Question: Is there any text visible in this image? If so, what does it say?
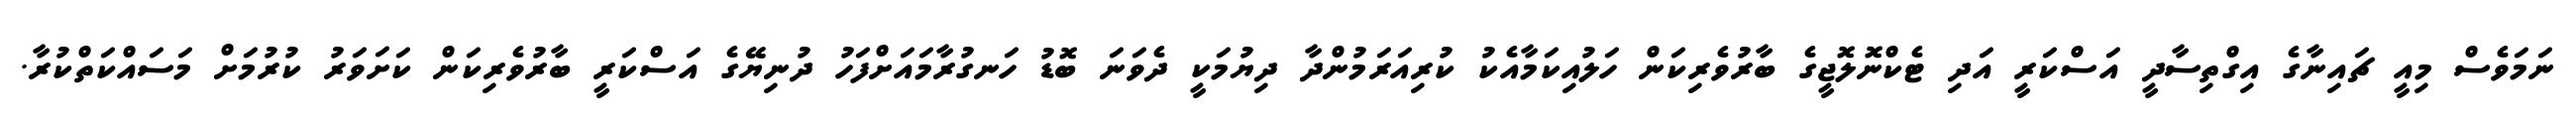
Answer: ނަމަވެސް މިއީ ޗައިނާގެ އިގްތިސާދީ އަސްކަރީ އަދި ޓެކްނޮލޮޖީގެ ބާރުވެރިކަން ހަލުއިކަމާއެކު ކުރިއަރަމުންދާ ދިޔުމަކީ ދެވަނަ ބޮޑު ހަނގުރާމައަށްފަހު ދުނިޔޭގެ އަސްކަރީ ބާރުވެރިކަން ކަށަވަރު ކުރުމަށް މަސައްކަތްކުރާ.